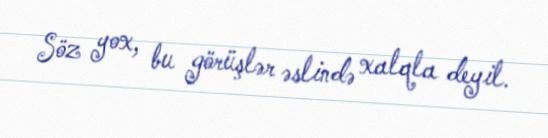
Söz yox, bu görüşlər əslində xalqla deyil.